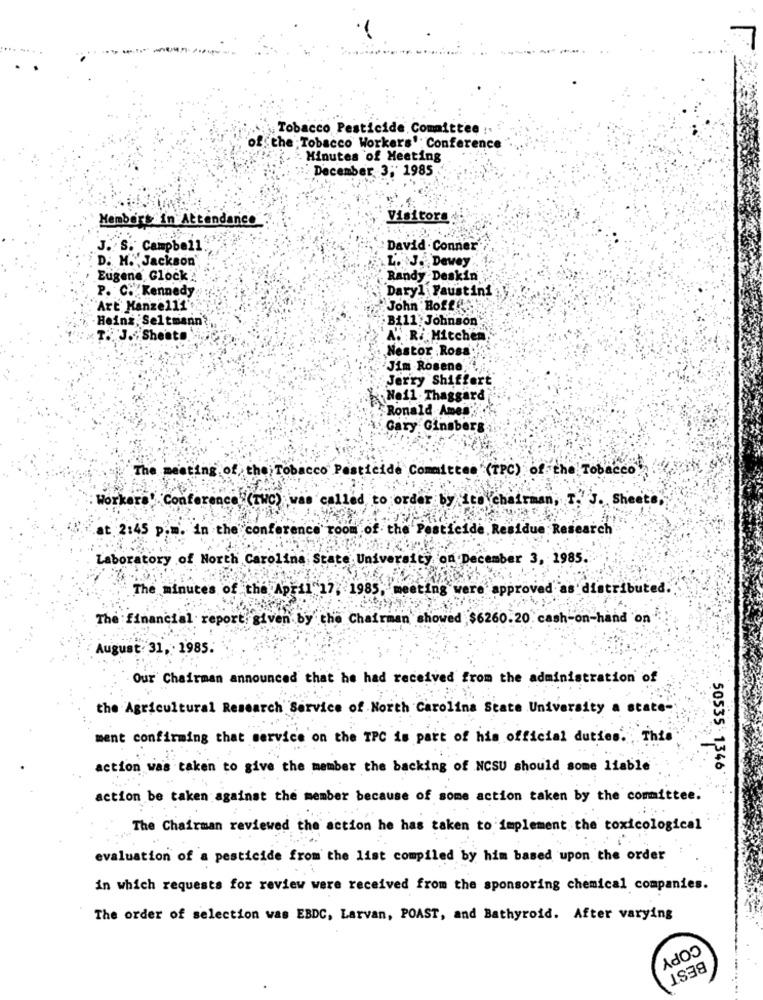
Tobacco Pesticide Committee :. .
of the Tobacco Workers' Conference
Minutes of Meeting
December 3; 1985
Visitors
Members in Attendance
J. S.' Campbell.
David . Conner
D. H. Jackson'
L. J. Dewey
Eugene Glock
Randy Deskin
P. C. Kennedy
Daryl Faustini
Art Hanze111
John Hoffest
Heinz, Seltmann
Bill Johnson
T. J. Sheets
A. R. Mitchen
Nestor Rosa:
Jim Roseno,
Jerry Shiffert
Neil Thaggard
Ronald Ames"
Gary Ginsberg
The meeting of the Tobacco Pesticide Committee (TPC) of the Tobacco
Workers' Conference (THC) was called to order by its chairman, T. J. Sheets
t 2:45
in the conf
room
of the'
esticide, Residue Research
Laboratory of North Carolina State University on December 3, 1985.
The minutes of the April 17, 1985, meeting were approved as distributed.
The fina
port. given by the Chairman showed $6260.20. cash-on-hand on
August: 31, . 1985.
Our Chairman announced that he had received from the administration of
the Agricultural Research Service of North Carolina State University a state-
ment confirming that service on the TPC is part of his official duties. This
action was taken to give the member the backing of NCSU should some liable
50535 1346
action be taken against the member because of some action taken by the committee.
The Chairman reviewed the action he has taken to implement the toxicological
evaluation of a pesticide from the list compiled by him based upon the order
in which requests for review were received from the sponsoring chemical companies.
The order of selection was EBDC, Larvan, POAST, and Bathyroid. After varying
COPY
BEST